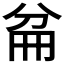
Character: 𠔕